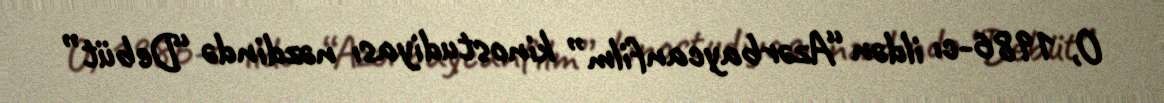
O, 1986-cı ildən “Azərbaycanfilm” kinostudiyası nəzdində “Debüt”